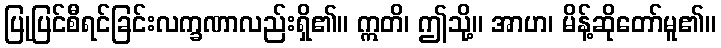
ပြုပြင်စီရင်ခြင်းလက္ခဏာလည်းရှိ၏။ ဣတိ၊ ဤသို့။ အာဟ၊ မိန့်ဆိုတော်မူ၏။